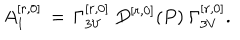
LaTeX: A _ { 1 } ^ { [ r , 0 ] } \, = \, \Gamma _ { 3 V } ^ { [ r , 0 ] } \ D ^ { [ r , 0 ] } ( P ) \ \Gamma _ { 3 V } ^ { [ r , 0 ] } .